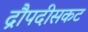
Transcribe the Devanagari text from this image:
द्रौपदीसकट